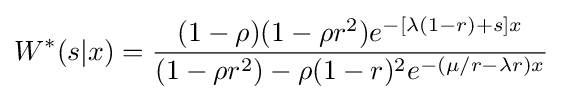
W^{\ast }(s|x)={\frac {(1-\rho )(1-\rho r^{2})e^{-[\lambda (1-r)+s]x}}{(1-\rho r^{2})-\rho (1-r)^{2}e^{-(\mu /r-\lambda r)x}}}